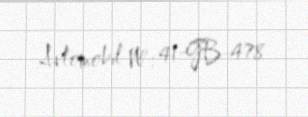
Avtomobil №: 41-GB-478